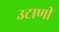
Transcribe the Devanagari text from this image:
उटाणी